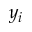
y _ { i }